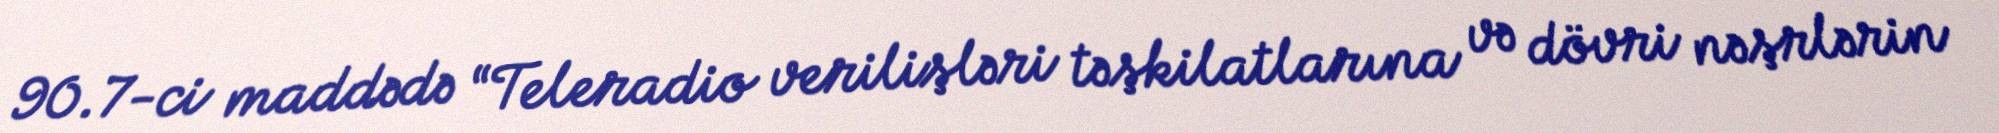
90.7-ci maddədə “Teleradio verilişləri təşkilatlarına və dövri nəşrlərin